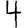
Digit: 4